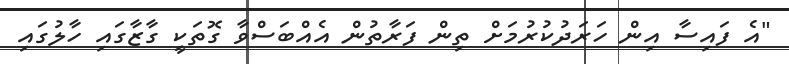
"އެ ފައިސާ އިން ހަރަދުކުރުމަށް ތިން ފަރާތުން އެއްބަސްވާ ގޮތަކީ ގާޒާގައި ހާލުގައި